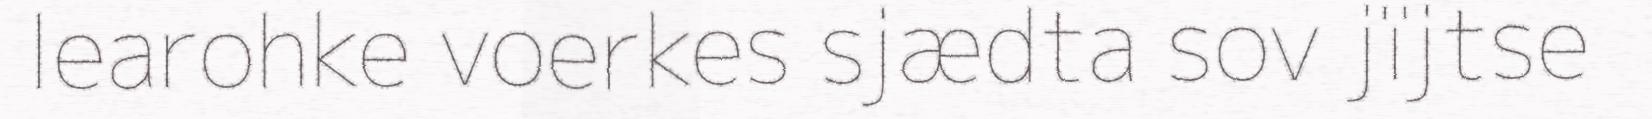
learohke voerkes sjædta sov jïjtse